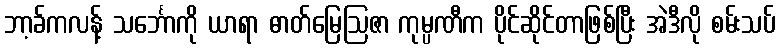
ဘာ့ခ်ကလန့် သင်္ဘောကို ယာရာ ဓာတ်မြေဩဇာ ကုမ္ပဏီက ပိုင်ဆိုင်တာဖြစ်ပြီး အဲဒီလို စမ်းသပ်